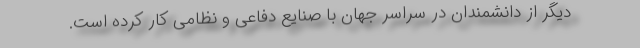
دیگر از دانشمندان در سراسر جهان با صنایع دفاعی و نظامی کار کرده است.